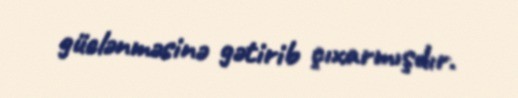
güclənməsinə gətirib çıxarmışdır.